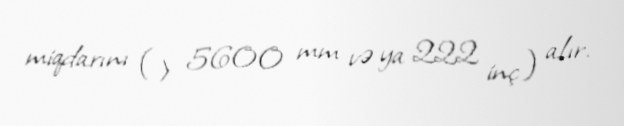
miqdarını (> 5600 mm və ya 222 inç) alır.